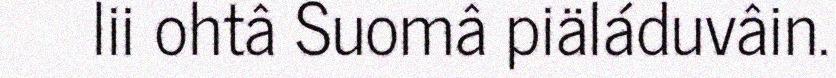
lii ohtâ Suomâ piäláduvâin.